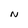
Character: N